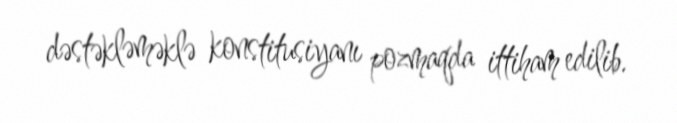
dəstəkləməklə konstitusiyanı pozmaqda ittiham edilib.